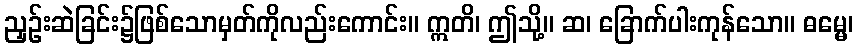
ညှဉ်းဆဲခြင်း၌ဖြစ်သောမှတ်ကိုလည်းကောင်း။ ဣတိ၊ ဤသို့။ ဆ၊ ခြောက်ပါးကုန်သော။ ဓမ္မေ၊